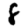
Digit: 8